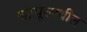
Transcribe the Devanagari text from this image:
चंद्रपूरमधील